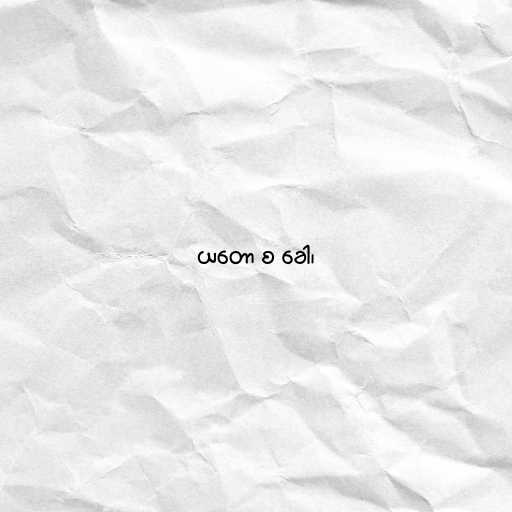
ယတော စ ခေါ၊